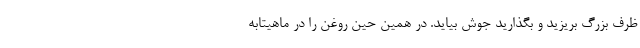
ظرف بزرگ بریزید و بگذارید جوش بیاید. در همین حین روغن را در ماهیتابه